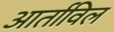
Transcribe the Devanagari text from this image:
आर्ताविल